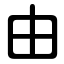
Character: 由